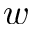
w